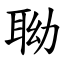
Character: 聈